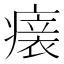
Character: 𤺀